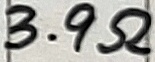
Text: 3.9Ω